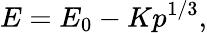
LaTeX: E=E_{0}-Kp^{1/3},